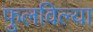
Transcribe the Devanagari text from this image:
फुलविल्या